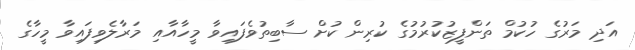
އަދި މަރުގެ ހުކުމް ތަންފީޒުކުރުމުގެ ކުރިން ކުށް ސާބިތުވެފައިވާ މީހާއާއި މަރާލެވިފައިވާ މީހާގެ